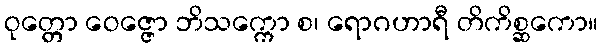
ဝုတ္တော ဝေဇ္ဇော ဘိသက္ကော စ၊ ရောဂဟာရီ တိကိစ္ဆကော။